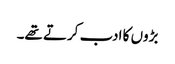
بڑوں کا ادب کرتے تھے۔